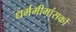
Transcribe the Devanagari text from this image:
धर्ममीमांसकों